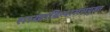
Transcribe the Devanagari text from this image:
शाखाविन्याससंयुक्त